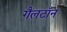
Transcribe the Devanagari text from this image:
गैलटॉन